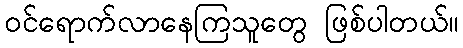
ဝင်ရောက်လာနေကြသူတွေ ဖြစ်ပါတယ်။